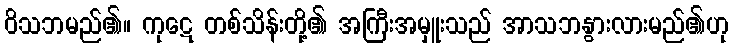
ဝိသဘမည်၏။ ကုဋေ တစ်သိန်းတို့၏ အကြီးအမှူးသည် အာသဘနွားလားမည်၏ဟု